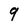
Character: 9